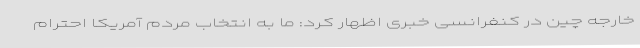
خارجه چین در کنفرانسی خبری اظهار کرد: ما به انتخاب مردم آمریکا احترام